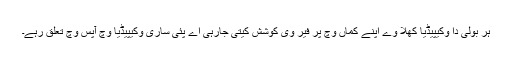
ہر بولی دا وکیپیڈیا کھلا وے اپنے کماں وچ پر فیر وی کوشش کیتی جارہی اے پئی ساری وکیپیڈیا وچ آپس وچ تعلق رہے۔